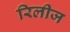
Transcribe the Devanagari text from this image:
रिलीज